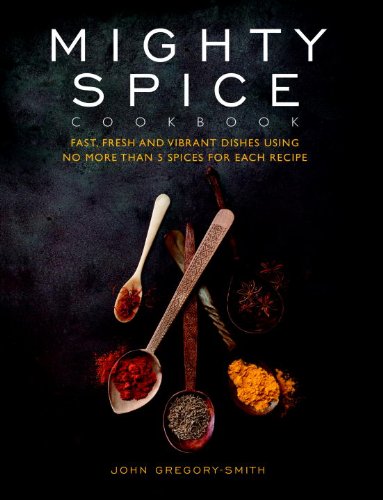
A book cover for Mighty Spice Cookbook: Fast, Fresh and Vibrant Dishes Using No More Than 5 Spices for Each Recipe; John Gregory-Smith; Cookbooks, Food & Wine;